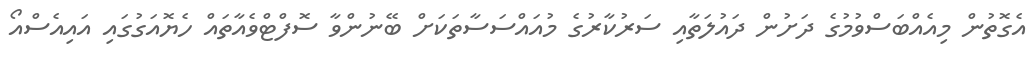
އެގޮތުން މިއެއްބަސްވުމުގެ ދަށުން ދައުލަތާއި ސަރުކާރުގެ މުއައްސަސާތަކަށް ބޭނުންވާ ސޮފްޓްވެއާތައް ހެޔޮއަގުގައި އައިއެސްއޯ